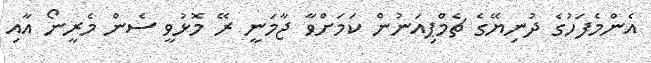
އެންމެފަހުގެ ދުނިޔޭގެ ޗެމްޕިއަނުން ކަމަށްވާ ޖާމަނީ ރޭ މޮޅުވީ ސެން މެރީނޯ އާއި